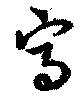
寫